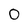
Character: O